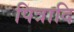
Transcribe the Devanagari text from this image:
पित्रादि